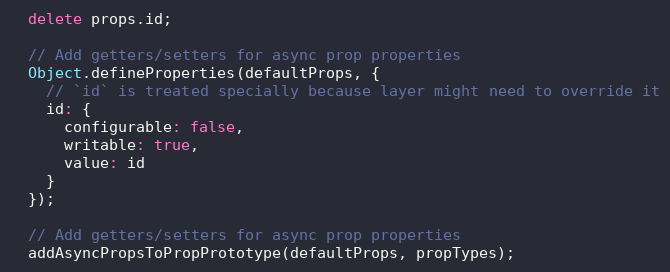
Language: JavaScript
  delete props.id;

  // Add getters/setters for async prop properties
  Object.defineProperties(defaultProps, {
    // `id` is treated specially because layer might need to override it
    id: {
      configurable: false,
      writable: true,
      value: id
    }
  });

  // Add getters/setters for async prop properties
  addAsyncPropsToPropPrototype(defaultProps, propTypes);